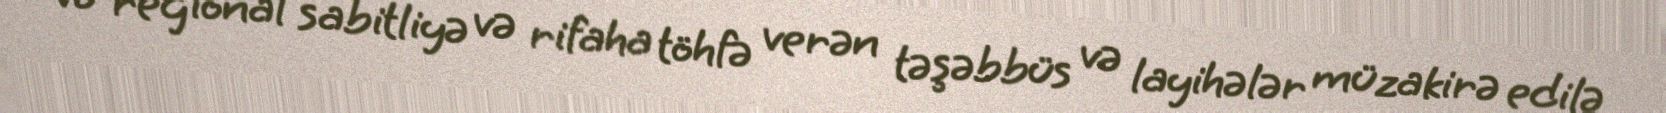
və regional sabitliyə və rifaha töhfə verən təşəbbüs və layihələr müzakirə edilə